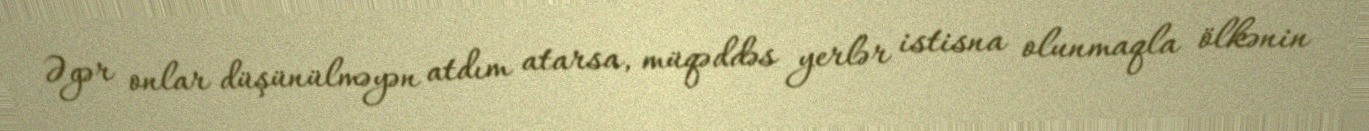
Əgər onlar düşünülməyən atdım atarsa, müqəddəs yerlər istisna olunmaqla ölkənin